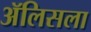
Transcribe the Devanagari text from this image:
ॲलिसला